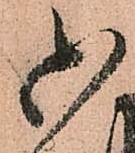
御